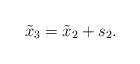
LaTeX: \begin{align*}\tilde x_3 = \tilde x_2 + s_2.\end{align*}